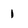
Character: 1